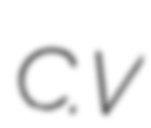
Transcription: C.V